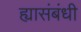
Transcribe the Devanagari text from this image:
ह्यासंबंधी